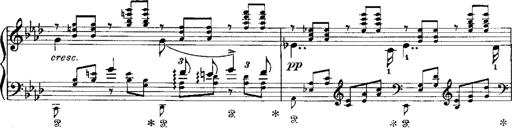
Title: Miserere du Trovatore
Composer: Franz Liszt